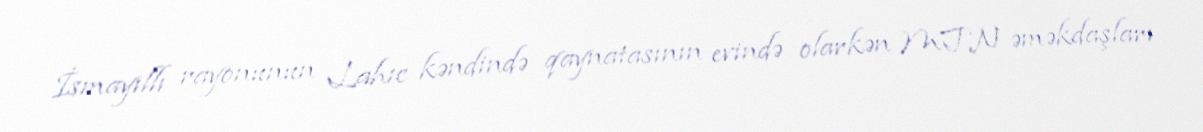
İsmayıllı rayonunun Lahıc kəndində qaynatasının evində olarkən MTN əməkdaşları